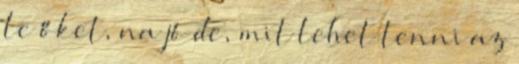
le őket, na jó de, mit lehet tenni az